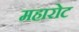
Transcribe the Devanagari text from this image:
महारोट